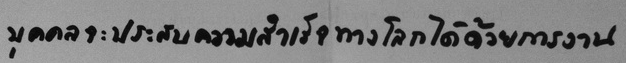
บุคคลจะประสบความสำเร็จทางโลกได้ด้วยการงาน